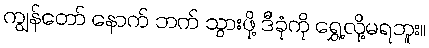
ကျွန်တော် နောက် ဘက် သွားဖို့ ဒီခုံကို ရွှေ့လို့မရဘူး။